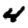
Digit: 4